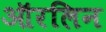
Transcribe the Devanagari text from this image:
ऑरलिन